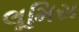
લૂમિસ